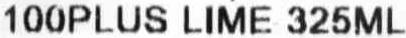
100PLUS LIME 325ML